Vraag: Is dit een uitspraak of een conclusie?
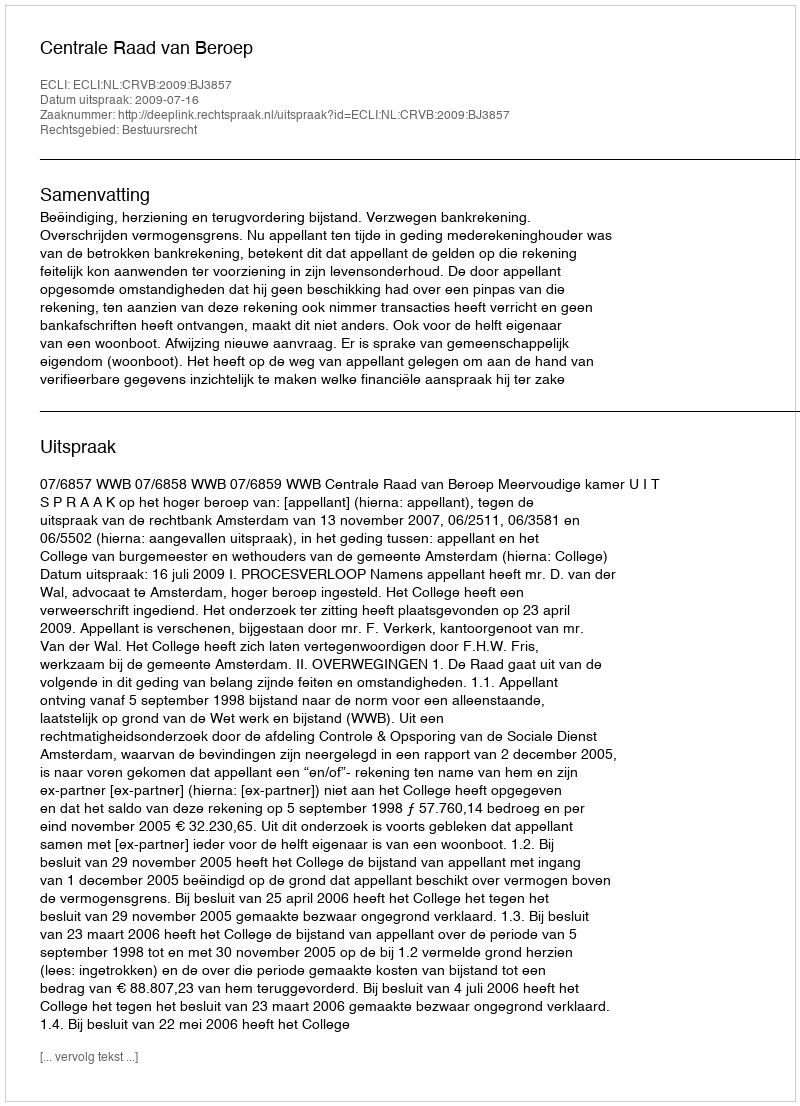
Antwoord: Uitspraak